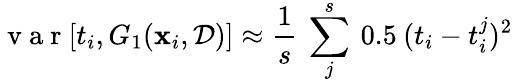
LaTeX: \mathrm{~v~a~r~}[t_{i},G_{1}(\textbf{x}_{i},\mathcal{D})]\approx\frac{1}{s}\: \sum_{j}^{s}\: 0.5\: (t_{i}-t_{i}^{j})^{2}